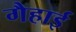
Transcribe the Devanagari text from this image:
गैहाई